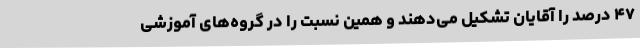
۴۷ درصد را آقایان تشکیل می‌دهند و همین نسبت را در گروه‌های آموزشی